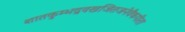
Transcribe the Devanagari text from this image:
शातकुम्भद्रवखजितजनेवैकपीता